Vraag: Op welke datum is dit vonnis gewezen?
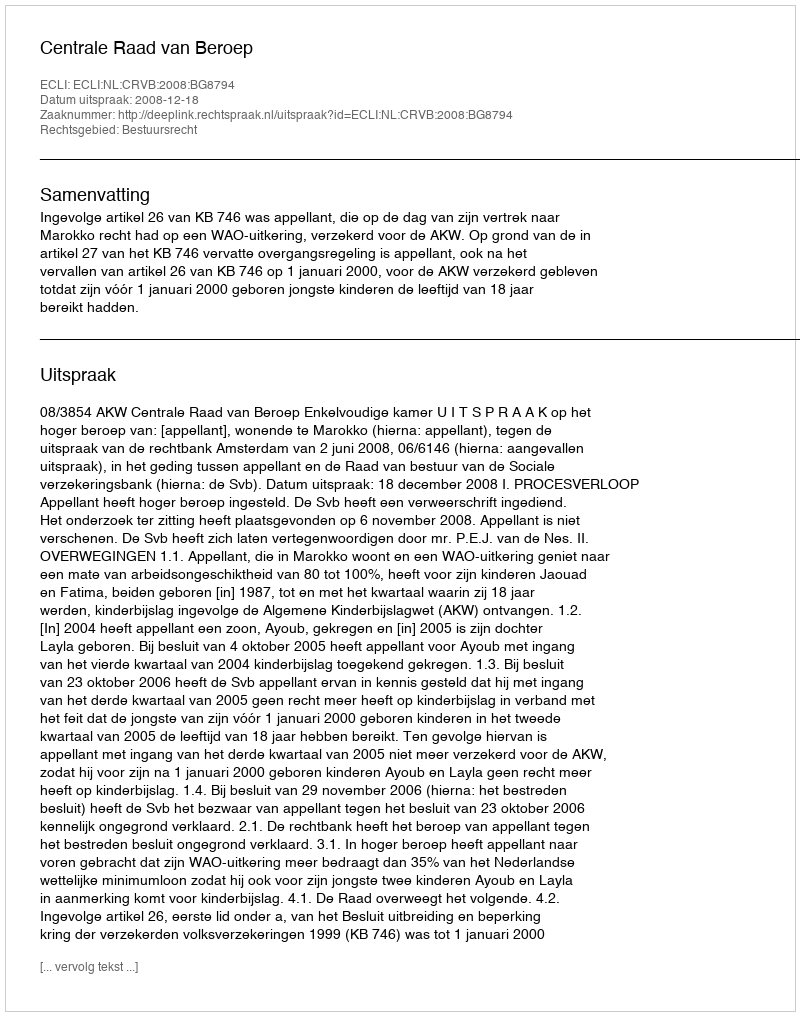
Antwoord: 2008-12-18